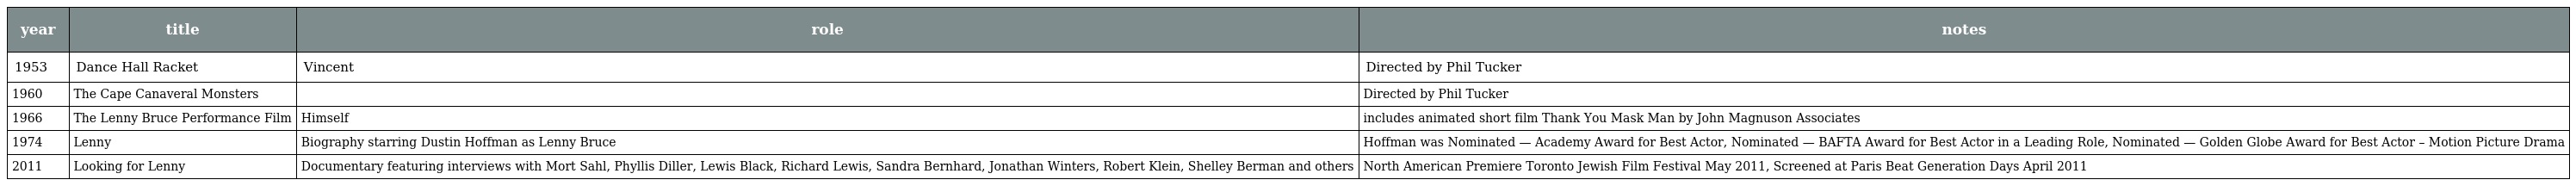
| year | title | role | notes |
 | --- | --- | --- | --- |
 | 1953 | Dance Hall Racket | Vincent | Directed by Phil Tucker |
 | 1960 | The Cape Canaveral Monsters |  | Directed by Phil Tucker |
 | 1966 | The Lenny Bruce Performance Film | Himself | includes animated short film Thank You Mask Man by John Magnuson Associates |
 | 1974 | Lenny | Biography starring Dustin Hoffman as Lenny Bruce | Hoffman was Nominated — Academy Award for Best Actor, Nominated — BAFTA Award for Best Actor in a Leading Role, Nominated — Golden Globe Award for Best Actor – Motion Picture Drama |
 | 2011 | Looking for Lenny | Documentary featuring interviews with Mort Sahl, Phyllis Diller, Lewis Black, Richard Lewis, Sandra Bernhard, Jonathan Winters, Robert Klein, Shelley Berman and others | North American Premiere Toronto Jewish Film Festival May 2011, Screened at Paris Beat Generation Days April 2011 |